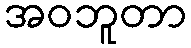
အဝဘူတာ